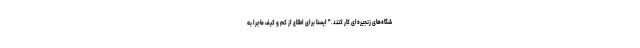
شگاه‌های زنجیره‌ای کار کنند." ایسنا برای اطلاع از کم و کیف ماجرا به